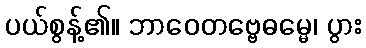
ပယ်စွန့်၏။ ဘာဝေတဗ္ဗေဓမ္မေ၊ ပွား